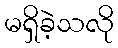
မရှိခဲ့သလို